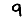
Digit: 9